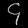
Digit: ၄